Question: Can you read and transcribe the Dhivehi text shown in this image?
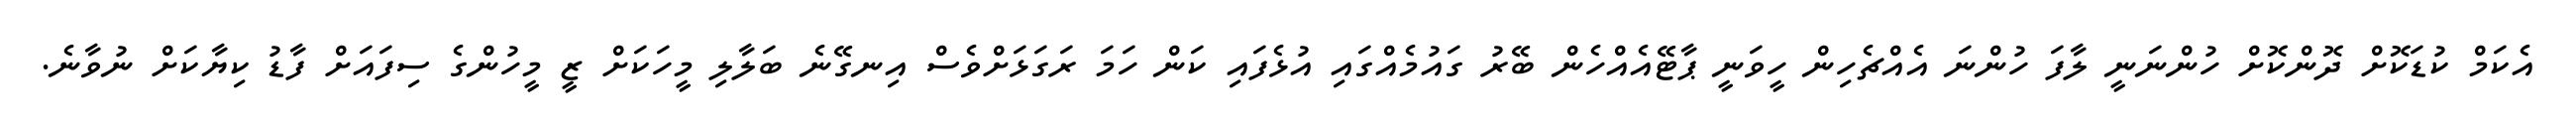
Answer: އެކަމް ކުޑަކޮށް ދޮންކޮށް ހުންނަނީ ލާފަ ހުންނަ އެއްޗެހިން ހީވަނީ ޕާޓޭއެއްހެން ބޭރު ގައުމެއްގައި އުޅެފައި ކަން ހަމަ ރަގަޅަށްވެސް އިނގޭނެ ބަލާލި މީހަކަށް ޒީ މީހުންގެ ސިފައަށް ފާޑު ކިޔާކަށް ނުވާނެ.